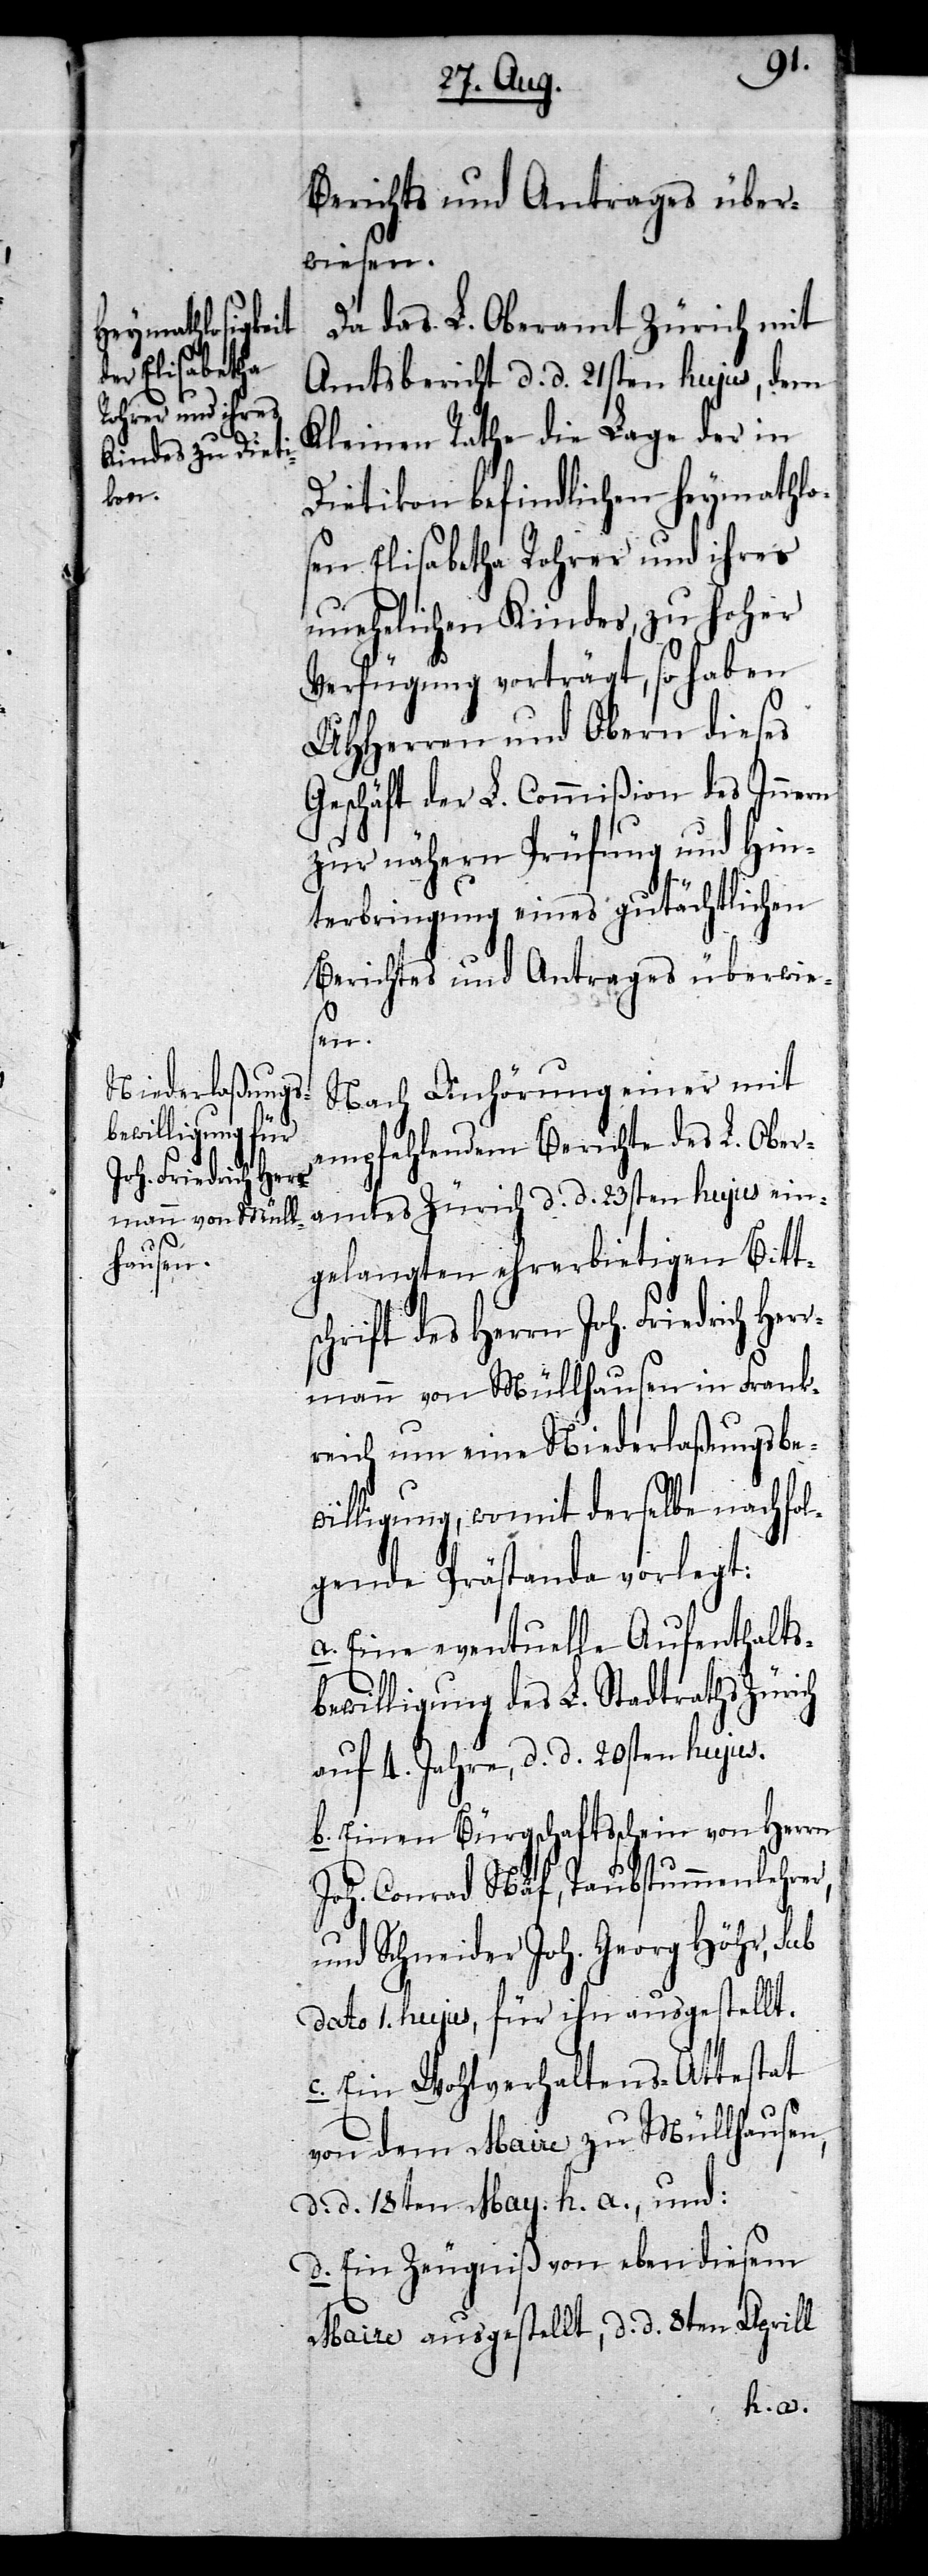
Berichts und Antrages über¬
wiesen.
Da das L. Oberamt Zürich mit
Amtsbrief d. d. 21sten hujus, dem
Kleinen Rathe die Lage der in
Dietikon befindlichen heymathlo¬
sen Elisabetha Rohrer und ihres
unehelichen Kindes, zu hoher
Verfügung vorträgt, so haben
UHHerren und Obern dieses
Geschäft der L. Commißion des Innern
zur nähern Prüfung und Hin¬
terbringung eines gutächtlichen
Berichtes und Antrages überwies¬
en.
Nach Anhörung einer mit
empfehlendem Berichte des L. Ober¬
amtes Zürich d. d. 23sten hujus ein¬
gelangten ehrerbietigen Bitt¬
schrift des Herrn Joh. Friedrich Her¬
rmann von Müllhausen in Frank¬
reich um eine Niederlaßungsbe¬
willigung, womit derselbe nachfol¬
gende Prästanda vorlegt:
a. Eine eventuelle Aufenthalts¬
bewilligung des L. Stadtraths Zürich
auf 4. Jahre, d. d. 20sten hujus.
b. Einen Bürgschaftsschein von Herrn
Joh. Conrad Näf, Taubstummenlehrer,
und Schneider Joh. Georg Höhr, sub
dato 1. hujus, für ihn ausgestellt.
c. Ein Wohlverhaltens-Attestat
von dem Maire zu Müllhausen,
d. d. 18ten May. h. a., und:
d. Ein Zeugniß von eben diesem
Maire ausgestellt, d. d. 8ten Aprill